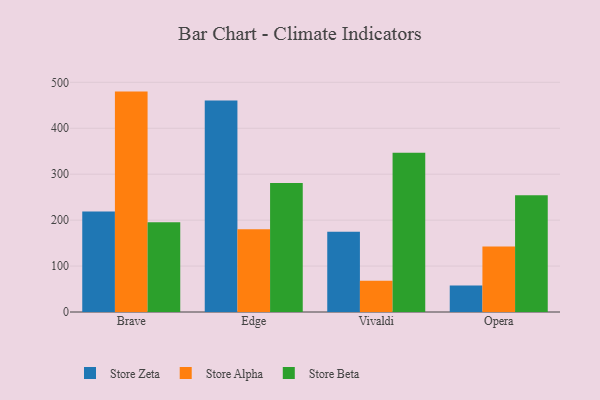
{"axis": {"x": "Browser", "y": "Inventory Turnover"}, "legend": ["Store Alpha", "Store Beta", "Store Zeta"], "data": [{"x": "Brave", "y": 218.6, "type": "Store Zeta"}, {"x": "Brave", "y": 479.8, "type": "Store Alpha"}, {"x": "Brave", "y": 195.2, "type": "Store Beta"}, {"x": "Edge", "y": 460.3, "type": "Store Zeta"}, {"x": "Edge", "y": 180.1, "type": "Store Alpha"}, {"x": "Edge", "y": 280.9, "type": "Store Beta"}, {"x": "Vivaldi", "y": 174.6, "type": "Store Zeta"}, {"x": "Vivaldi", "y": 68.3, "type": "Store Alpha"}, {"x": "Vivaldi", "y": 346.5, "type": "Store Beta"}, {"x": "Opera", "y": 57.8, "type": "Store Zeta"}, {"x": "Opera", "y": 142.8, "type": "Store Alpha"}, {"x": "Opera", "y": 253.9, "type": "Store Beta"}]}